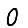
Digit: 0